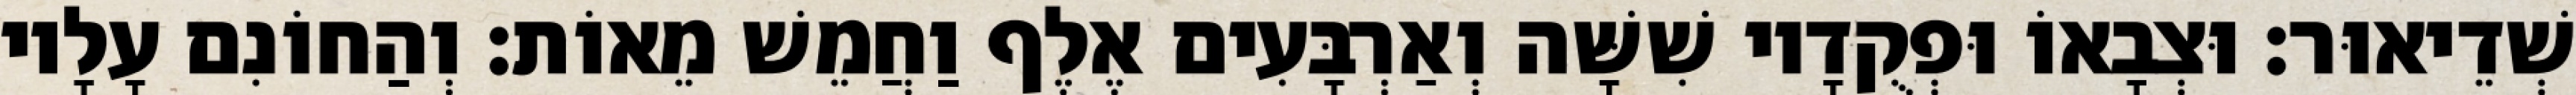
שְׁדֵיאוּר׃ וּצְבָאוֹ וּפְקֻדָיו שִׁשָּׁה וְאַרְבָּעִים אֶלֶף וַחֲמֵשׁ מֵאוֹת׃ וְהַחוֹנִם עָלָיו